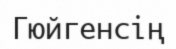
Гюйгенсің